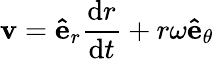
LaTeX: \mathbf{v}=\mathbf{\hat{e}}_{r}{\frac{\mathrm{d}r}{\mathrm{d}t}}+r\omega\mathbf{\hat{e}}_{\theta}